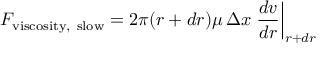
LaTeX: F _ { \mathrm { v i s c o s i t y , ~ s l o w } } = 2 \pi ( r + d r ) \mu \, \Delta x \left. { \frac { d v } { d r } } \right| _ { r + d r }